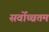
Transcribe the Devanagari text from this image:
सर्वोच्चतम